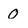
Character: O